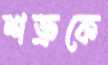
শত্রুকে